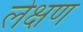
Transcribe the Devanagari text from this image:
लेक्षण